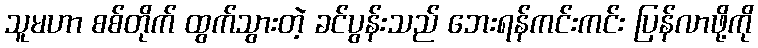
သူမဟာ စစ်တိုက် ထွက်သွားတဲ့ ခင်ပွန်းသည် ဘေးရန်ကင်းကင်း ပြန်လာဖို့ကို